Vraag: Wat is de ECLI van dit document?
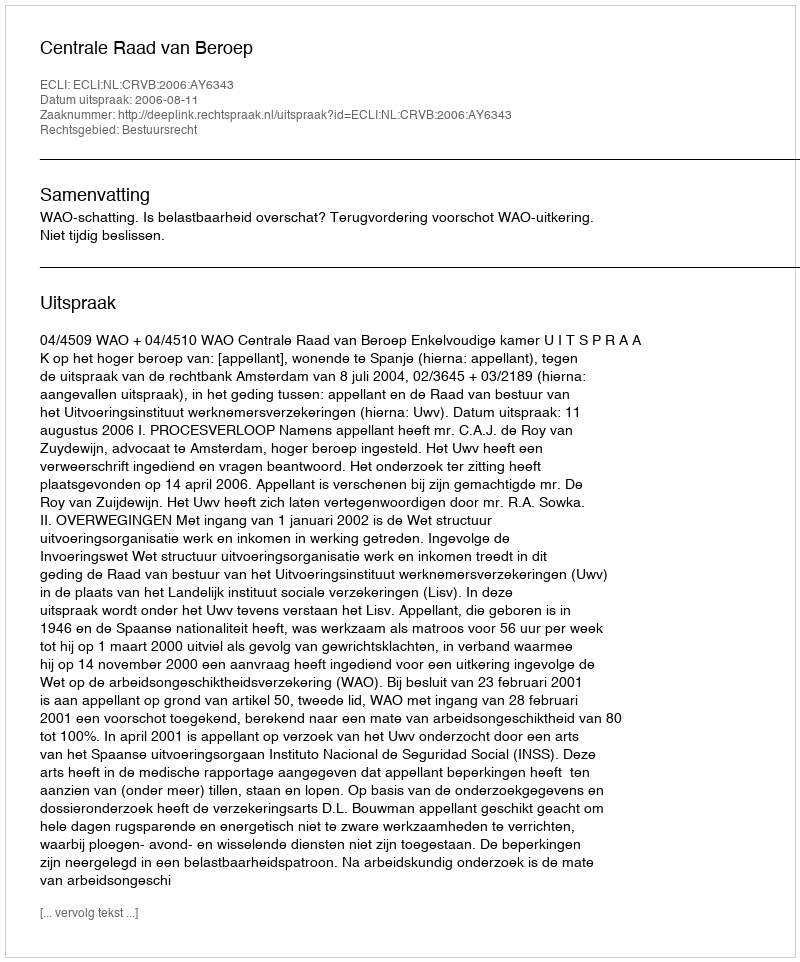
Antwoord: ECLI:NL:CRVB:2006:AY6343